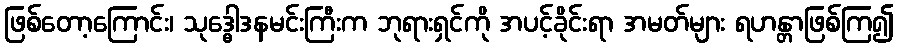
ဖြစ်တော့ကြောင်း၊ သုဒ္ဓေါဒနမင်းကြီးက ဘုရားရှင်ကို အပင့်ခိုင်းရာ အမတ်များ ရဟန္တာဖြစ်ကြ၍